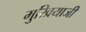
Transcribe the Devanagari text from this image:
मुखियाजी